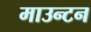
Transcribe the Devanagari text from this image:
माउन्टन